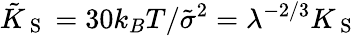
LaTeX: \tilde{K}_{\mathrm{~S~}}=30k_{B}T/\tilde{\sigma}^{2}=\lambda^{-2/3}K_{\mathrm{~S~}}